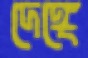
দেঙ্গে